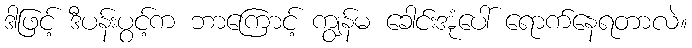
ဒါဖြင့် ဒီပန်းပွင့်က ဘာကြောင့် ကျွန်မ ခေါင်းအုံပေါ် ရောက်နေရတာလဲ။